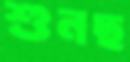
শুনছ